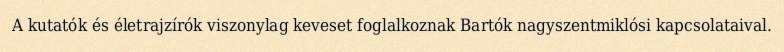
A kutatók és életrajzírók viszonylag keveset foglalkoznak Bartók nagyszentmiklósi kapcsolataival.